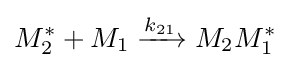
M_{2}^{*}+M_{1}\xrightarrow {k_{21}} M_{2}M_{1}^{*}